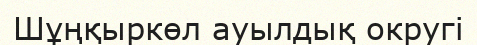
Шұңқыркөл ауылдық округі